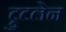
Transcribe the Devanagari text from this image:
ट्रुटलेन